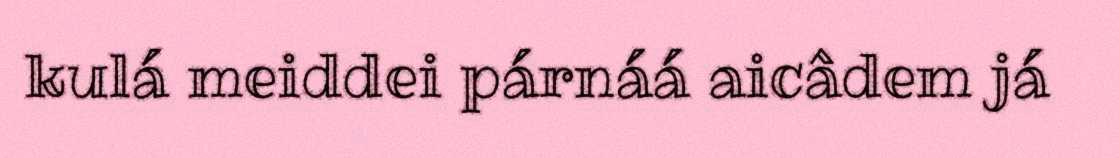
kulá meiddei párnáá aicâdem já